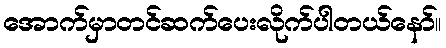
အောက်မှာတင်ဆက်ပေးလိုက်ပါတယ်နော်။